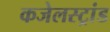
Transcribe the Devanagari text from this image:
कजेलस्ट्रांड